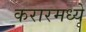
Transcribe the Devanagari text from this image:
करारमध्ये